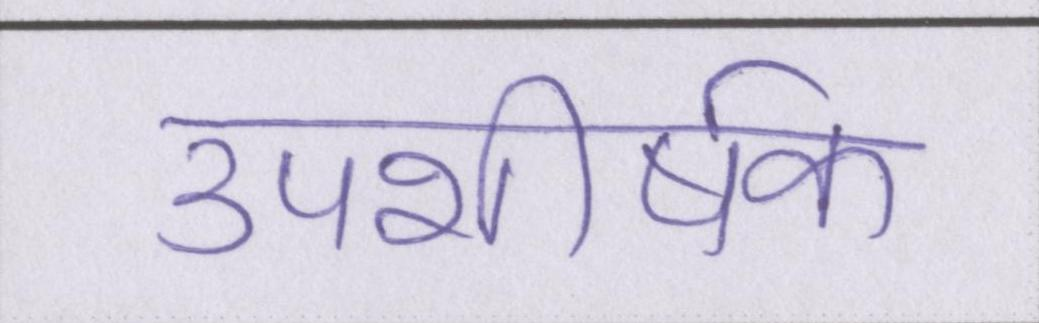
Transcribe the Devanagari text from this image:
उपशीर्षक